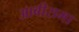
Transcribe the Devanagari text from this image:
आबीरामा